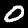
Digit: 0